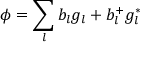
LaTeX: \phi = \sum _ { l } b _ { l } g _ { l } + b _ { l } ^ { + } g _ { l } ^ { * }